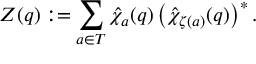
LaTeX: Z ( q ) : = \sum _ { a \in T } \hat { \chi } _ { a } ( q ) \left( \hat { \chi } _ { \zeta ( a ) } ( q ) \right) ^ { * } .